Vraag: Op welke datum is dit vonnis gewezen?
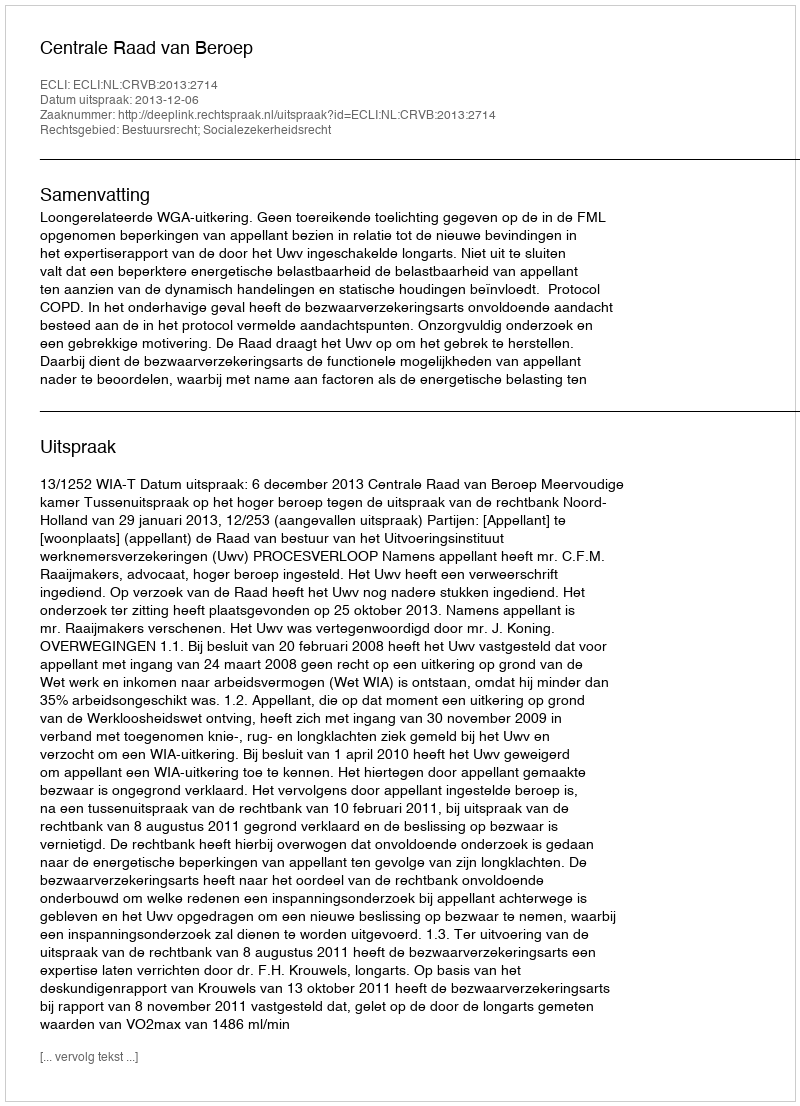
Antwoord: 2013-12-06